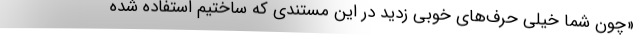
«چون شما خیلی حرف‌های خوبی زدید در این مستندی که ساختیم استفاده شده